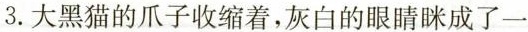
3. 大黑猫的爪子收缩着，灰白的眼睛眯成了一